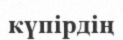
күпірдің